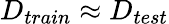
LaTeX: D_{train}\approx D_{test}